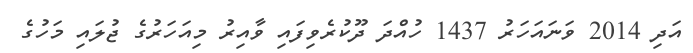
އަދި 2014 ވަނައަހަރު 1437 ހުއްދަ ދޫކުރެވިފައި ވާއިރު މިއަހަރުގެ ޖުލައި މަހުގެ